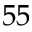
5 5